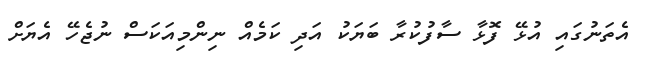
އެތަނުގައި އުޅޭ ފޮޅާ ސާފުކުރާ ބަޔަކު އަދި ކަމެއް ނިންމިއަކަސް ނުޖެހޭ އެޔަށް